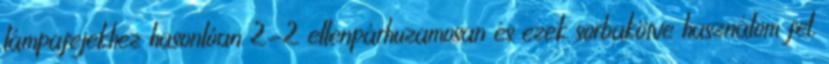
lámpafejekhez hasonlóan 2-2 ellenpárhuzamosan és ezek sorbakötve használom fel.